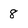
Character: 8